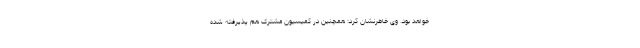
خواهد بود. وی خاطرنشان کرد: همچنین در کمیسیون مشترک هم پذیرفته شده